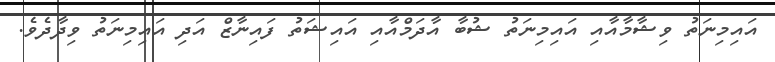
އައިމިނަތު ވިޝާމާއާއި އައިމިނަތު ޝުބާ އާދަމްއާއި އައިޝަތު ފައިނާޒް އަދި އައިމިނަތު ވިދާދެވެ.